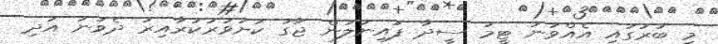
މި ބުރުގައި އެއްވަނަ ޓީމު ސީދާ ފައިނަލުން ޖާގަ ކަށަވަރުކުރާއިރު ދެވަނަ އަދި